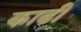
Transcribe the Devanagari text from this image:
काढी